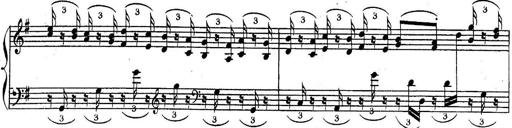
Title: Sonatina for Piano
Composer: BÃ©la BartÃ³k